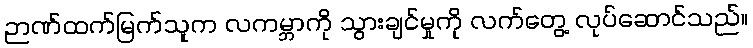
ဉာဏ်ထက်မြက်သူက လကမ္ဘာကို သွားချင်မှုကို လက်တွေ့ လုပ်ဆောင်သည်။